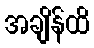
အချိန်ထိ